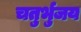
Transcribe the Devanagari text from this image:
चतुर्भुजय